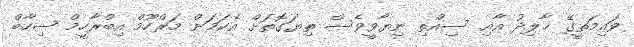
ވައިމަތީގޭ ޚާލިދު އާއި ސިއްތި ނިޔާވީވެސް ތިޔަގޮތަށް އެކަމަށް މަރްހޫމް އިބްރާހީމް ޝިހާބް